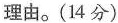
理由。(14分)